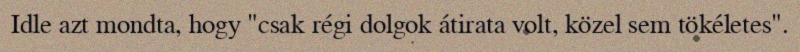
Idle azt mondta, hogy "csak régi dolgok átirata volt, közel sem tökéletes".